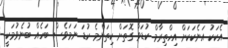
އެކަކު އަނެކަކަށް އިހްތިރާމް ކުޑަވާ ގޮތަށް ކިތަންމެ ކުޑަ ނަމަވެސް ބަހެއް ބުނެވުމަކީ